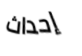
إحداث